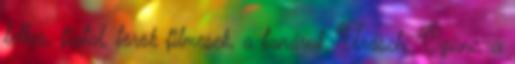
lelkes, fiatal, török filmesek, a tanáruk, Urasch, Ögünc, a